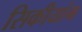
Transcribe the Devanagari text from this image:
सिकीयांग